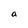
Character: a